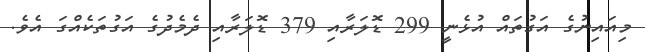
މިއައިނުގެ އަގުތައް އުޅެނީ 299 ޑޮލަރާއި 379 ޑޮލަރާއި ދެމެދުގެ އަގުތަކެއްގަ އެވެ.